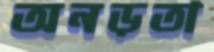
অনড়তা